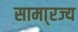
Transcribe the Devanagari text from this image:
सामा्रज्य